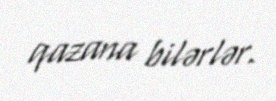
qazana bilərlər.